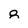
Character: 8